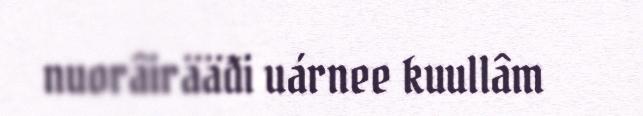
nuorâirääđi uárnee kuullâm